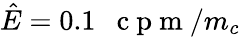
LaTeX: \hat{E}=0.1\mathrm{~~~c~p~m~}/m_{c}